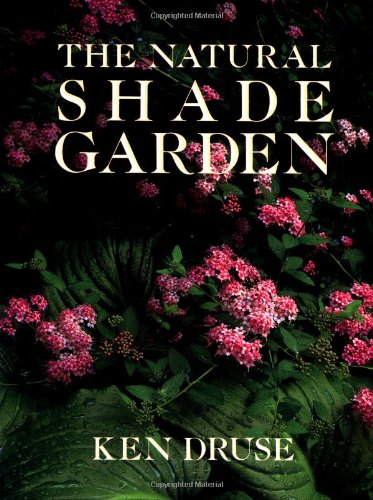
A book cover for The Natural Shade Garden; Ken Druse; Crafts, Hobbies & Home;